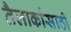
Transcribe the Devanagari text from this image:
तैलार्कासाठी